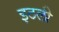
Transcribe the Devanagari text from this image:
इठली